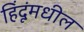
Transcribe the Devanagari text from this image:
हिंदूंमधील